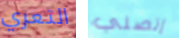
التعري إتصلي